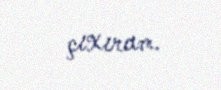
çıxıram.